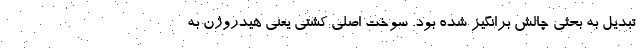
تبدیل به بحثی چالش برانگیز شده بود. سوخت اصلی کشتی یعنی هیدروژن به